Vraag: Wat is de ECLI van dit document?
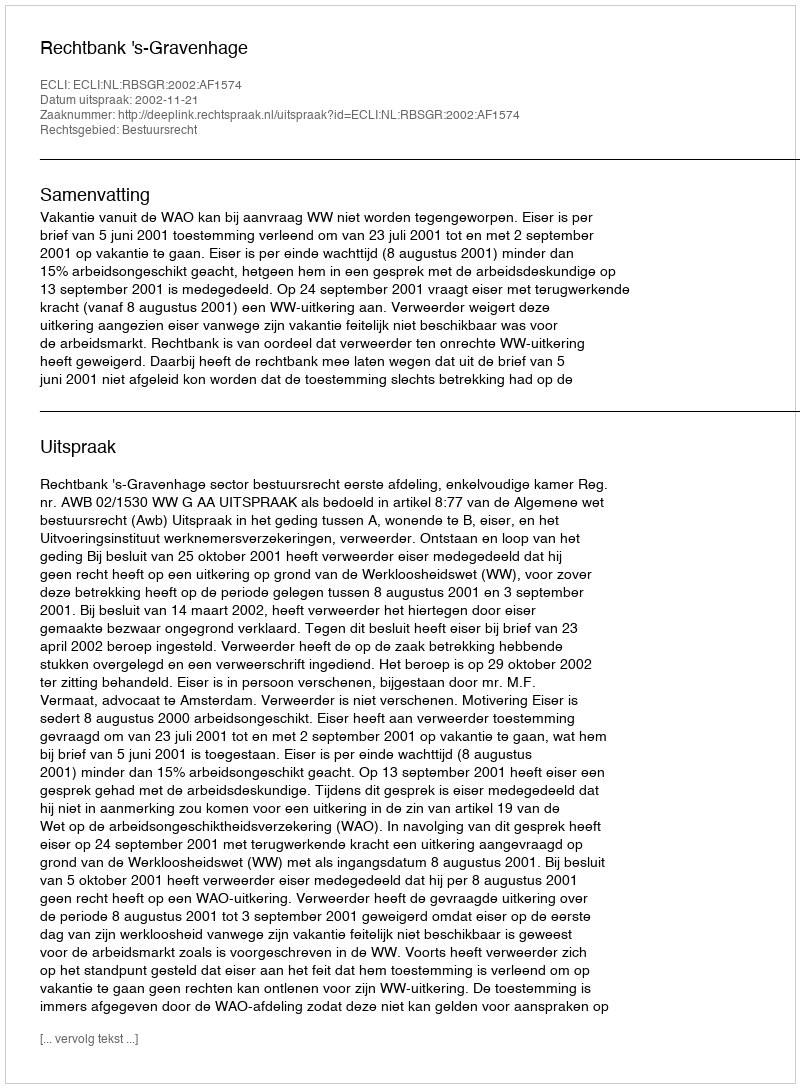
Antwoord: ECLI:NL:RBSGR:2002:AF1574